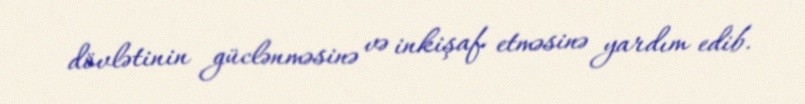
dövlətinin güclənməsinə və inkişaf etməsinə yardım edib.